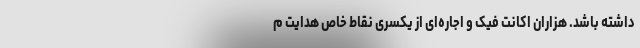
داشته باشد. هزاران اکانت فیک و اجاره‌ای از یکسری نقاط خاص هدایت م